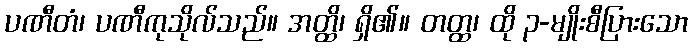
ပဏီတံ၊ ပဏီကုသိုလ်သည်။ အတ္ထိ၊ ရှိ၏။ တတ္ထ၊ ထို ၃-မျိုးစီပြားသော